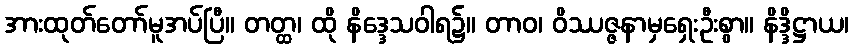
အားထုတ်တော်မူအပ်ပြီ။ တတ္ထ၊ ထို နိဒ္ဒေသဝါရ၌။ တာဝ၊ ဝိဿဇ္ဇနာမှရှေးဦးစွာ။ နိဒ္ဒိဋ္ဌာယ၊